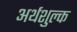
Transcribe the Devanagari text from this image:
अर्थशुल्क